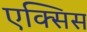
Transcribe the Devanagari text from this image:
एक्‍सिस